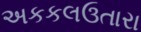
અકકલઉતારા